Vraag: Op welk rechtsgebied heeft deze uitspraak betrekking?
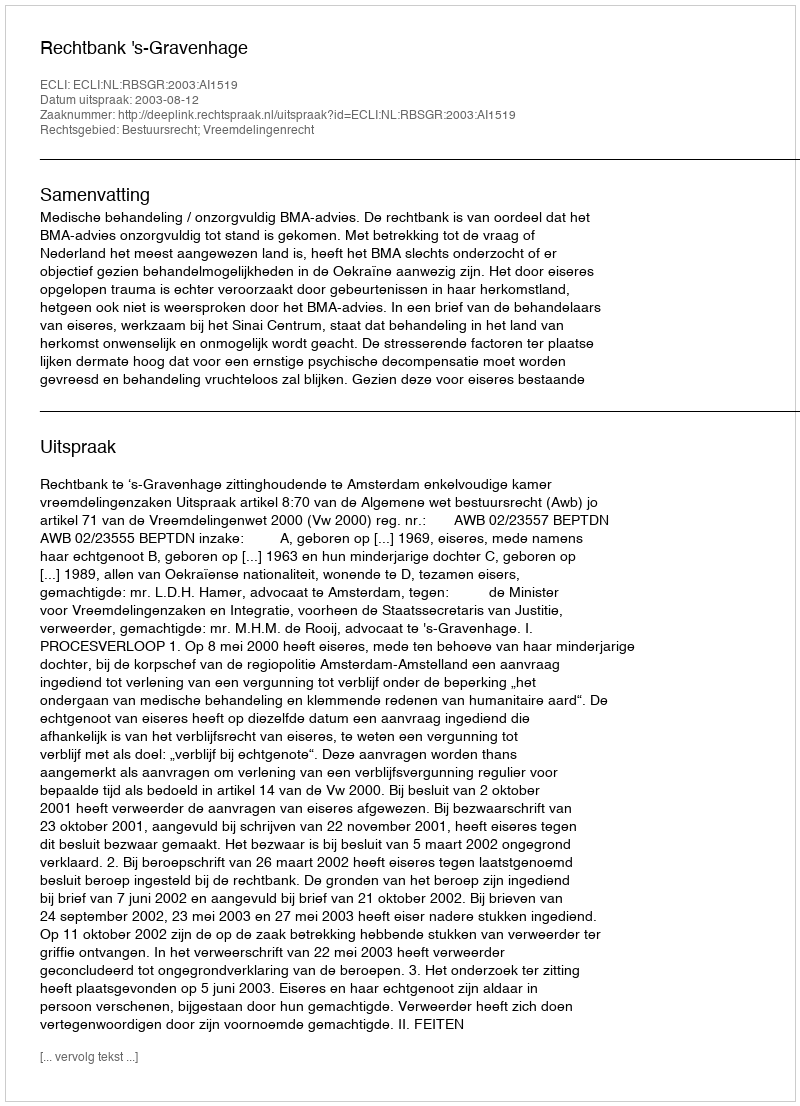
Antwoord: Bestuursrecht; Vreemdelingenrecht